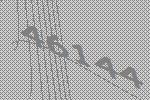
46144